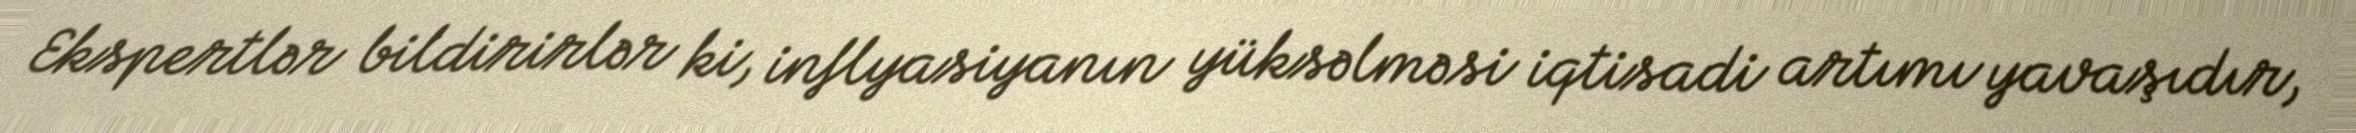
Ekspertlər bildirirlər ki, inflyasiyanın yüksəlməsi iqtisadi artımı yavaşıdır,